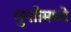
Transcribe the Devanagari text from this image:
गुप्तीमध्ये